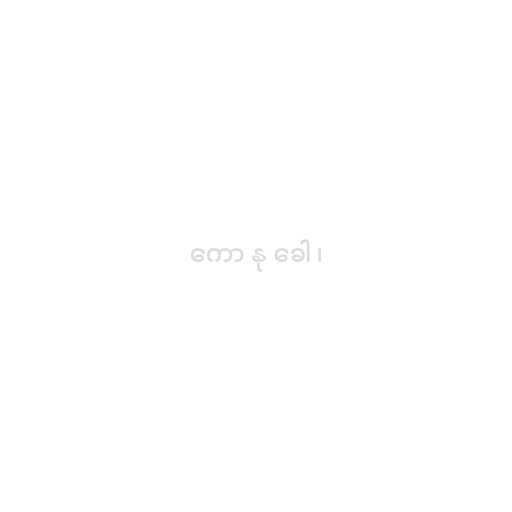
ကော နု ခေါ ၊